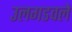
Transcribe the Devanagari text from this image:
उलगडवले